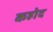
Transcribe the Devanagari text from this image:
कहोद